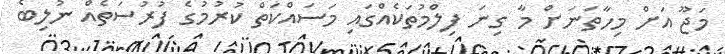
މަޖޫ އަށް މިހާތަނަށް މާ ގިނަ ފިލްމުތަކެއްގައި މަސައްކަތް ކުރުމުގެ ފުރުސަތެއް ނުލިބެ